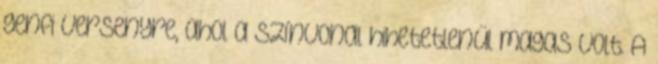
genfi versenyre, ahol a színvonal hihetetlenül magas volt. A